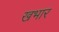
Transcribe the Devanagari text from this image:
खभार